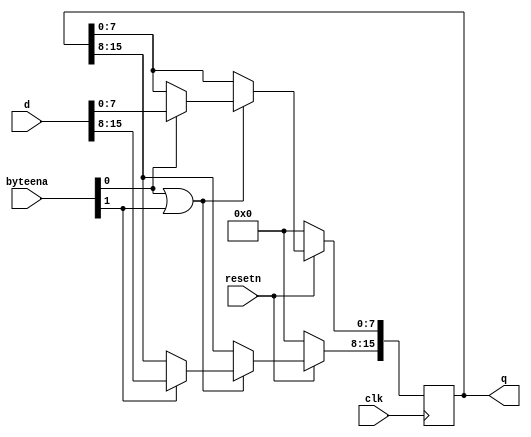
module top_module (
    input clk,
    input resetn,
    input [1:0] byteena,
    input [15:0] d,
    output [15:0] q
);

    always @(posedge clk) begin
        if(~resetn) q <= 16'b0;  // 触发 复位
        else if(byteena[0] || byteena[1]) begin
            if(byteena[0]) q[7:0] <= d[7:0];
            if(byteena[1]) q[15:8] <= d[15:8];
        end
    end

endmodule